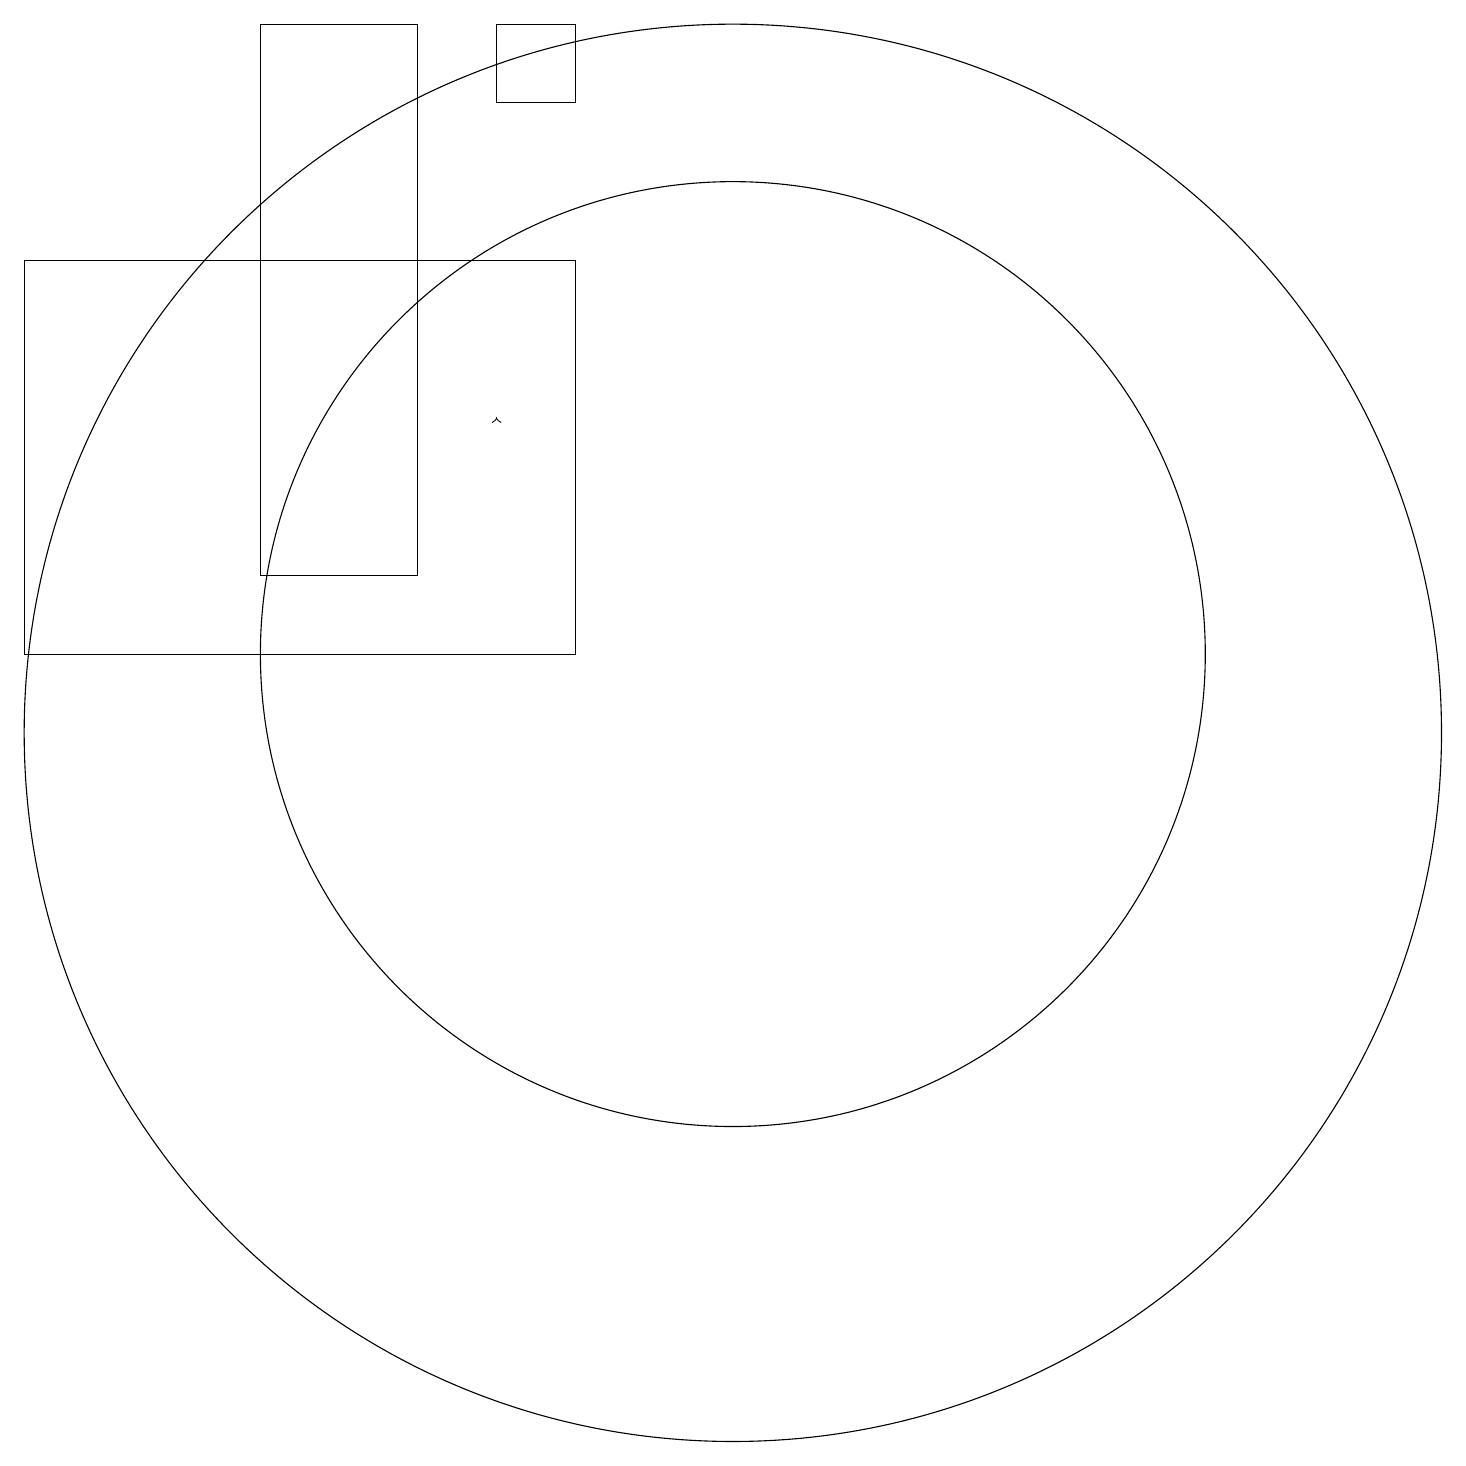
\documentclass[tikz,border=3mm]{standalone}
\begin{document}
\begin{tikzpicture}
\draw[->] (8,14) -- (8,14);
\draw (2,11) rectangle (9,16);
\draw (9,18) rectangle (8,19);
\draw (11,11) circle (6);
\draw (11,10) circle (9);
\draw (5,19) rectangle (7,12);
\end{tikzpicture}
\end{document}